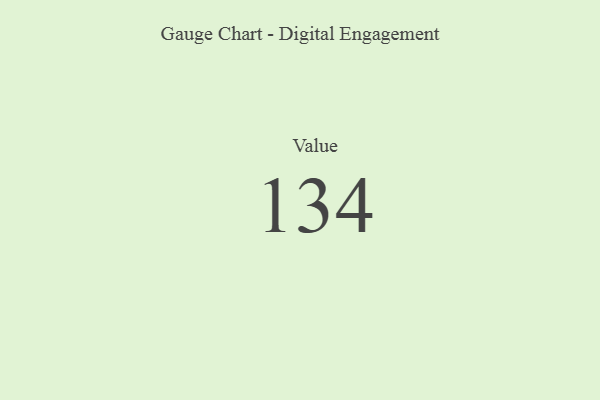
{"axis": {"x": "Metric", "y": "Value"}, "legend": [""], "data": [{"x": "Value", "y": 134, "type": ""}]}